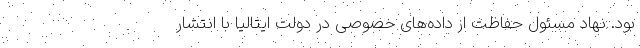
بود. نهاد مسئول حفاظت از داده‌های خصوصی در دولت ایتالیا با انتشار